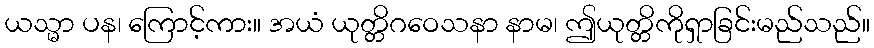
ယသ္မာ ပန၊ ကြောင့်ကား။ အယံ ယုတ္တိဂဝေသနာ နာမ၊ ဤယုတ္တိကိုရှာခြင်းမည်သည်။